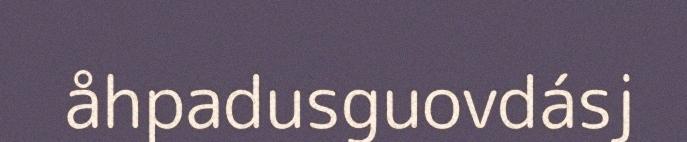
åhpadusguovdásj